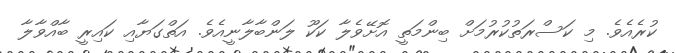
ކުރެއެވެ. މި ކަސްރަތުކުރުމަށް ބިންމަތީ އޮށޭވެލާ ކަކޫ ލަންބާލާނީއެވެ. އަތްގަޔާއި ކައިރީ ބާއްވާލާ